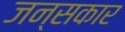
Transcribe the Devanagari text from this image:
जन्सकार